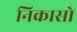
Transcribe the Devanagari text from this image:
निकासो